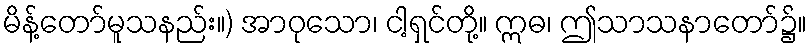
မိန့်တော်မူသနည်း။) အာဝုသော၊ ငါ့ရှင်တို့။ ဣဓ၊ ဤသာသနာတော်၌။